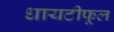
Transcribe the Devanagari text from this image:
धायटीफूल